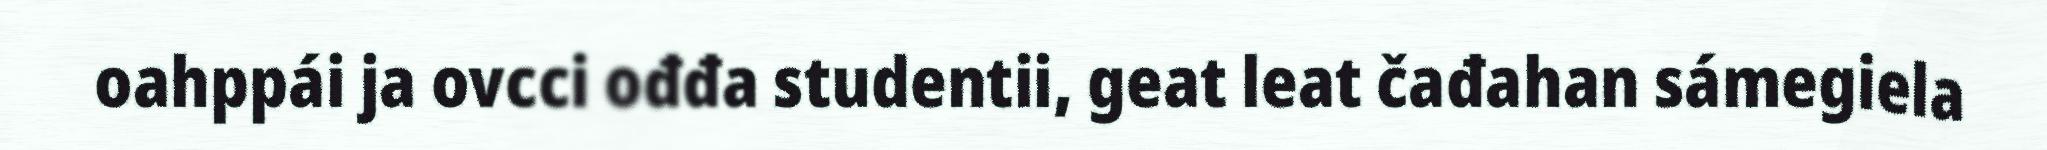
oahppái ja ovcci ođđa studentii, geat leat čađahan sámegiela